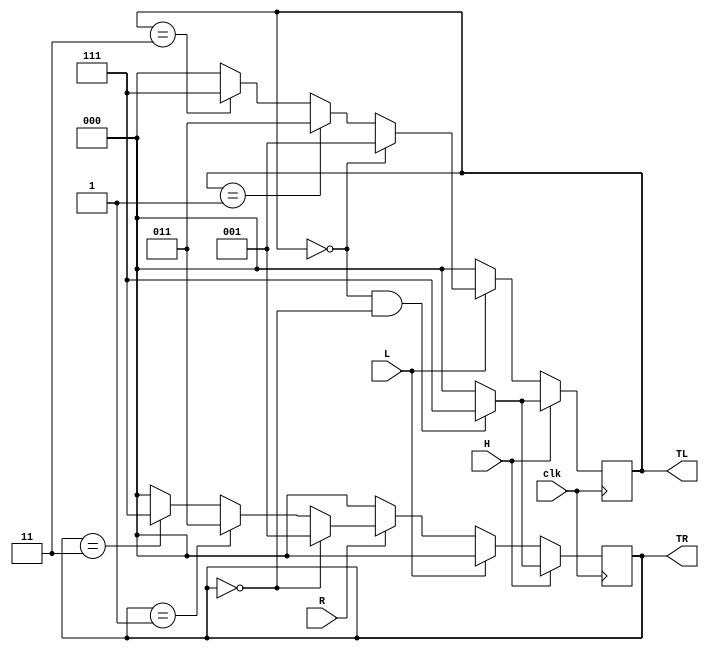
/*
 * Replicate the operation of tail lights on old Thunderbirds.
 *
 * L:  left signal
 * R:  right signal
 * H:  hazard signal
 *
 * TL: left tail light
 * TR: right tail light
 *
 */
module taillights (input clk, L, R, H, output reg [2:0] TL, TR);
	always @(posedge clk) begin
		if (1 == H) begin
			if (TL == 3'b000 && TR == 3'b000) begin
				TL <= 3'b111;
				TR <= 3'b111;
			end
			else begin
				TL <= 3'b000;
				TR <= 3'b000;
			end
		end
		else if (1 == L) begin
			TR <= 3'b000;

			if (TL == 3'b000) begin
				TL <= 3'b001;
			end
			else if (TL == 3'b001) begin
				TL <= 3'b011;
			end
			else if (TL == 3'b011) begin
				TL <= 3'b111;
			end
			else begin
				TL <= 3'b000;
			end
		end
		else if (1 == R) begin
			TL <= 3'b000;

			if (TR == 3'b000) begin
				TR <= 3'b001;
			end
			else if (TR == 3'b001) begin
				TR <= 3'b011;
			end
			else if (TR == 3'b011) begin
				TR <= 3'b111;
			end
			else begin
				TR <= 3'b000;
			end
		end
		else begin
			TL <= 3'b000;
			TR <= 3'b000;
		end
	end
endmodule